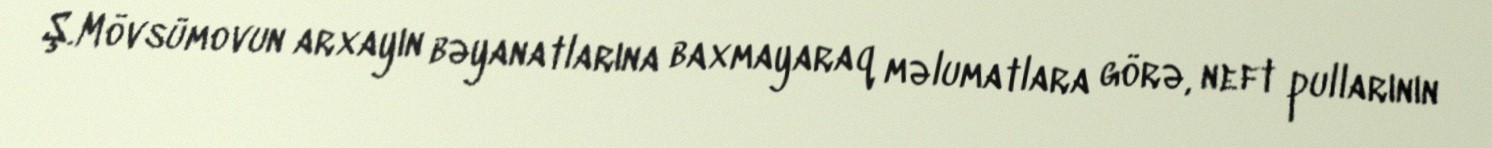
Ş.Mövsümovun arxayın bəyanatlarına baxmayaraq məlumatlara görə, neft pullarının